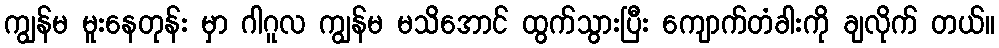
ကျွန်မ မူးနေတုန်း မှာ ဂါဂူလ ကျွန်မ မသိအောင် ထွက်သွားပြီး ကျောက်တံခါးကို ချလိုက် တယ်။